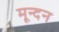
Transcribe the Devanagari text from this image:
मून्दन